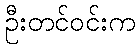
ဦးတင်ဝင်းက